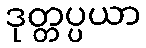
ဒုတ္တပ္ပယာ